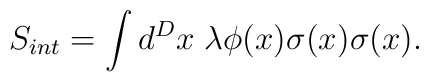
S_{int} = \int d^D x \; \lambda \phi(x) \sigma(x) \sigma(x).